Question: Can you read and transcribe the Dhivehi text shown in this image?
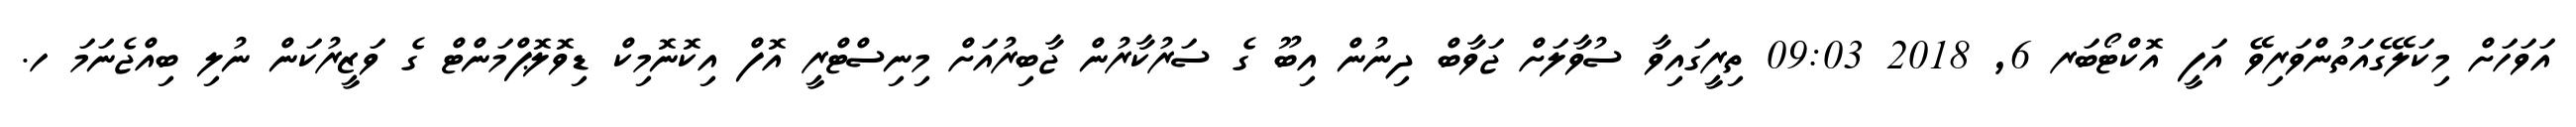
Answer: އަވަހަށް މިކަލޭގެއަތުންވަރިވޭ އަފީ އޮކްޓޯބަރ 6, 2018 09:03 ތިރީގައިވާ ސުވާލަށް ޖަވާބް ދިނުން އިބޫ ގެ ސަރުކާރުން ޖާބިރުއަށް މިނިސްޓްރީ އޮފް އިކޮނޮމިކް ޑިވޮލޮޕްމަންޓް ގެ ވަޒީރުކަން ނުލި ބިއްޖެނަމަ ހ.